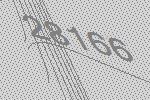
28166